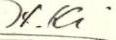
H.Ki